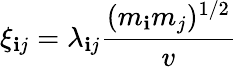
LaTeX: \xi_{\mathbf{i}j}=\lambda_{\mathbf{i}j}\frac{{(m_{\mathbf{i}}m_{j})^{1/2}}}{{v}}